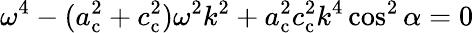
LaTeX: \omega^{4}-(a_{\mathrm{c}}^{2}+c_{\mathrm{c}}^{2})\omega^{2}k^{2}+a_{\mathrm{c}}^{2}c_{\mathrm{c}}^{2}k^{4}\cos^{2}\alpha=0